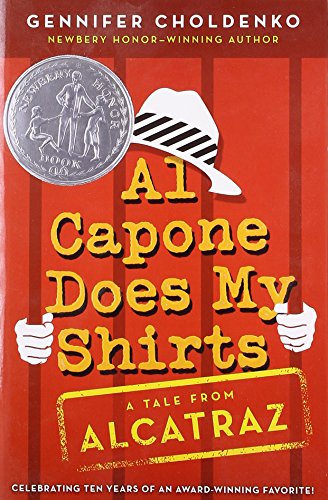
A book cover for Al Capone Does My Shirts; Gennifer Choldenko; Children's Books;